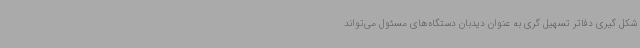
شکل گیری دفاتر تسهیل گری به عنوان دیدبان دستگاه‌های مسئول می‌تواند